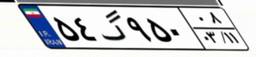
۵۴گ۹۵۰۰۸